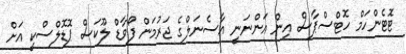
ޓޮޓެންހަމް ހޮޓްސްޕާސް އިން އަންނަނީ އާސެނަލްގެ ޖަރުމަން ފޯވާޑް ލޫކަސް ޕޮޑޮލްސްކީ އަށް